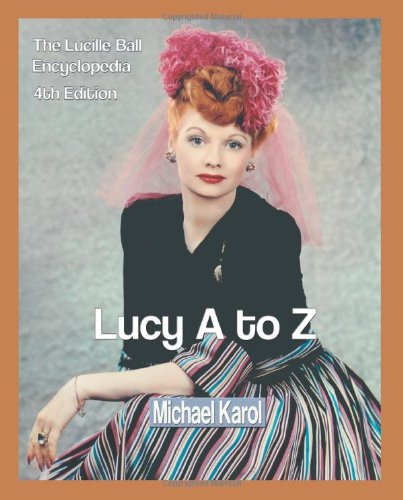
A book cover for Lucy A to Z: The Lucille Ball Encyclopedia; Michael Karol; Humor & Entertainment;